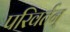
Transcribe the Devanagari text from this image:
परिवर्तन्